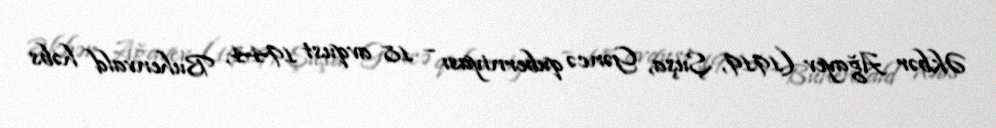
Əkbər Ağayev (1919, Şuşa, Gəncə quberniyası – 18 avqust 1944, Buhenvald həbs